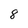
Character: 8